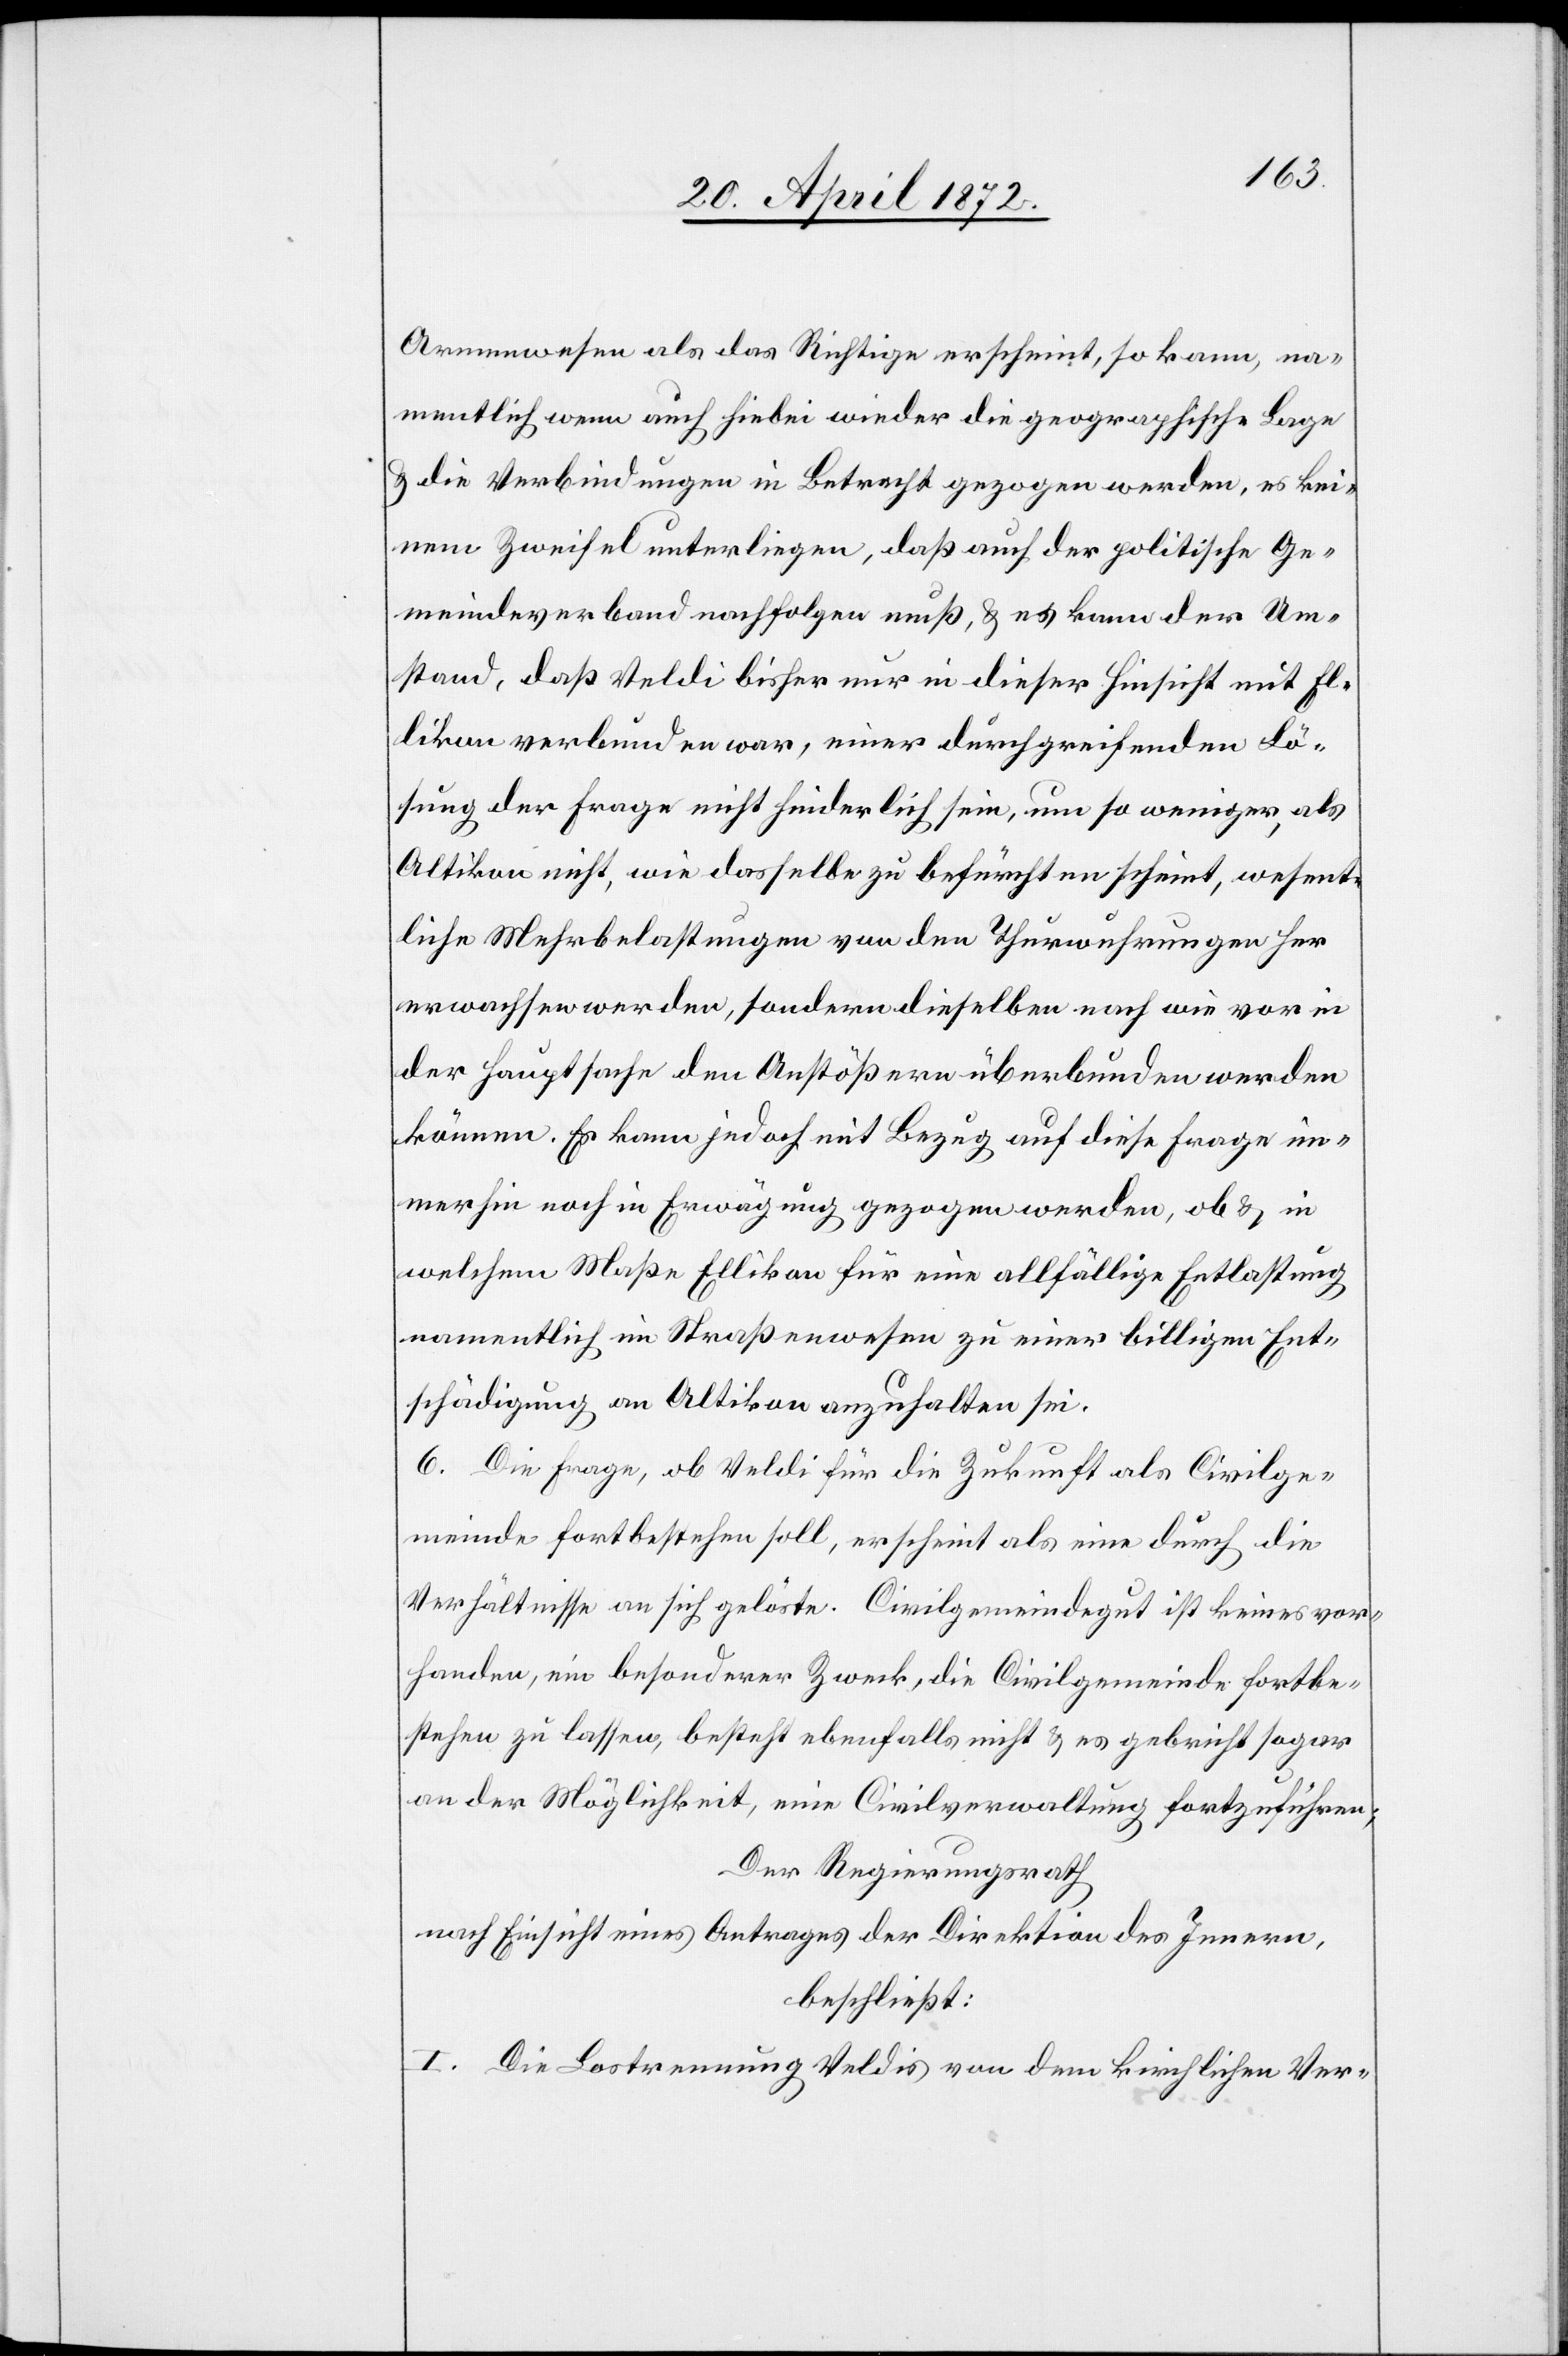
Armenwesen als das Richtige erscheint, so kann, na¬
mentlich wenn auch hiebei wieder die geographische Lage
u. die Verbindungen in Betracht gezogen werden, es kei¬
nem Zweifel unterliegen, daß auch der politische Ge¬
meindeverband nachfolgen muß, u. es kann der Um¬
stand, daß Veldi bisher nur in dieser Hinsicht mit El¬
likon verbunden war, einer durchgreifenden Lö¬
sung der Frage nicht hinderlich sein, um so weniger, als
Altikon nicht, wie dasselbe zu befürchten scheint, wesent¬
liche Wehrbelastungen von den Thurwuhrungen her
erwachsen werden, sondern dieselben nach wie vor in
der Hauptsache den Anstößern überbunden werden
können. Es kann jedoch mit Bezug auf diese Frage im¬
merhin noch in Erwägung gezogen werden, ob u. in
welchem Maße Ellikon für eine allfällige Entlastung
namentlich im Straßenwesen zu einer billigen Ent¬
schädigung an Altikon anzuhalten sei.
6. Die Frage, ob Veldi für die Zukunft als Civilge¬
meinde fortbestehen soll, erscheint als eine durch die
Verhältnisse an sich gelöste. Civilgemeindegut ist keines vor¬
handen, ein besonderer Zweck, die Civilgemeinde fortbe¬
stehen zu lassen, besteht ebenfalls nicht u. es gebricht sogar
an der Möglichkeit, eine Civilverwaltung fortzuführen;
Der Regierungsrath[,]
nach Einsicht eines Antrages der Direktion des Innern,
beschließt:
I. Die Lostrennung Veldis von dem kirchlichen Ver-